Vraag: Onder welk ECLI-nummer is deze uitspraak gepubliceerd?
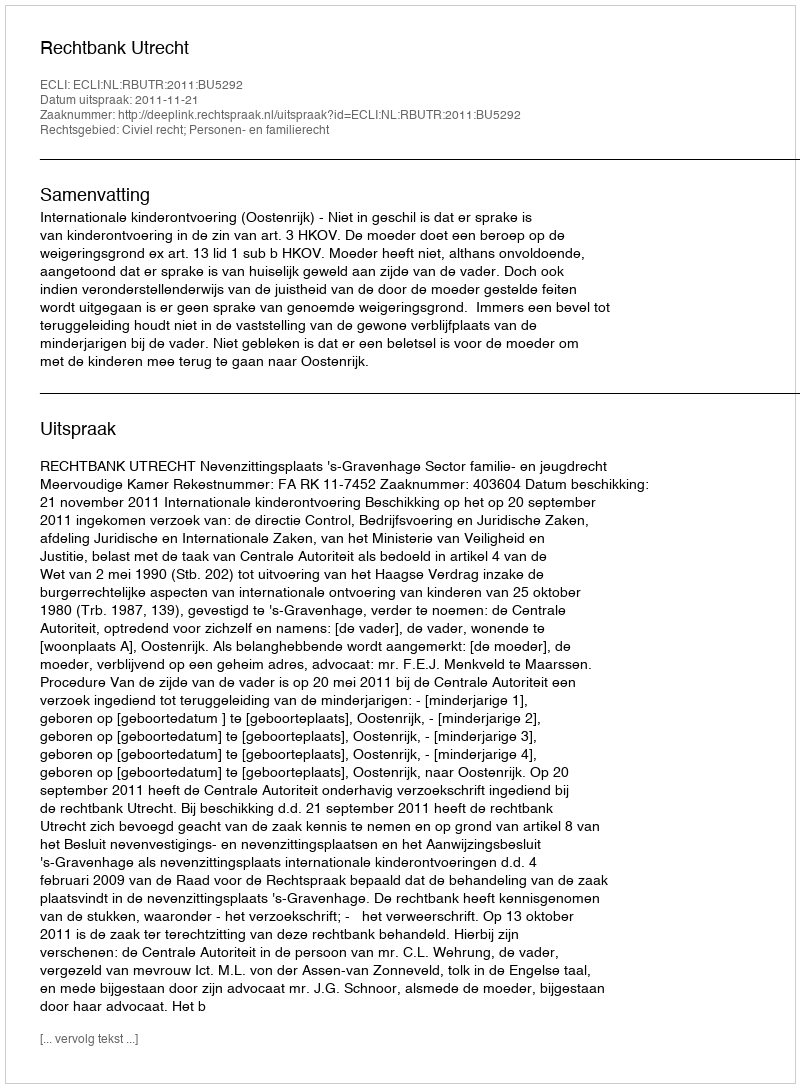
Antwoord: ECLI:NL:RBUTR:2011:BU5292